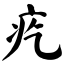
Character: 疙